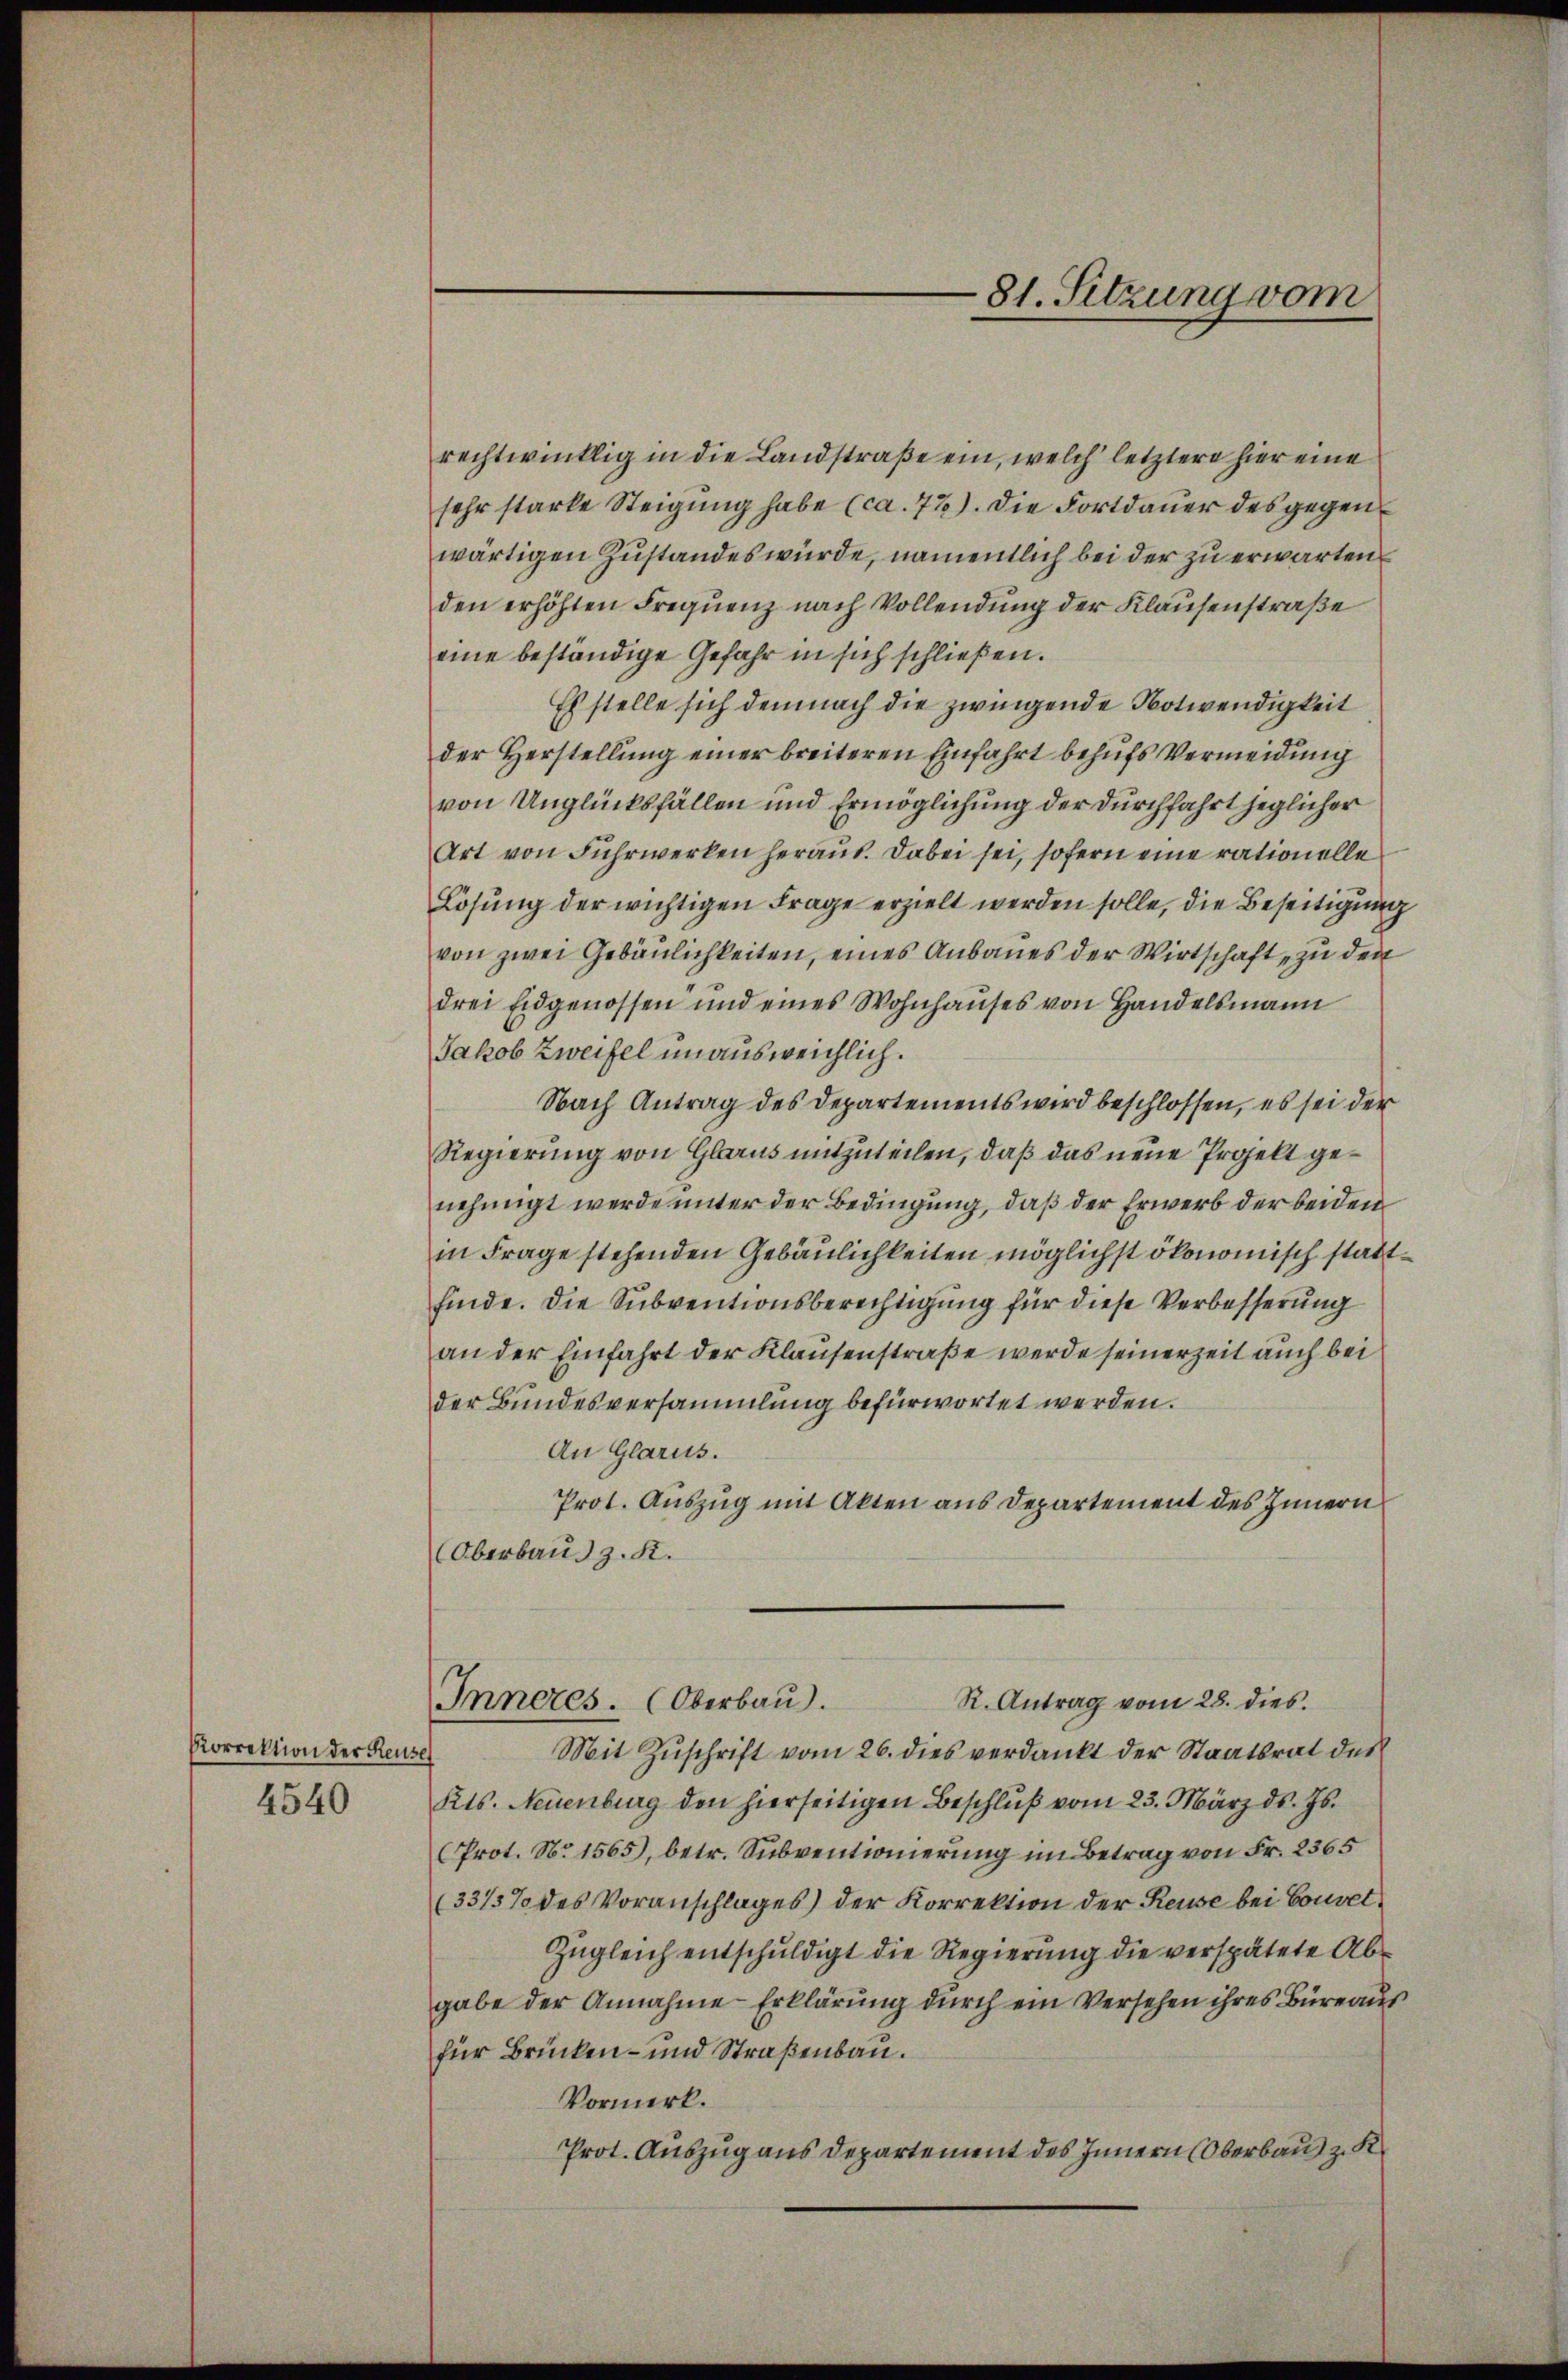
Korrektion der Reuse
4540

81. Sitzung vom

rechtwinklig in die Landstraße ein, welch’ letztere hier eine
sehr starke Steigung habe (ca. 77). Die Fortdauer des gegen
wärtigen Zustandes würde, namentlich bei der zu erwarten
den erhöhten Frequenz nach Vollendung der Klausenstraße
eine beständige Gefahr in sich schließen.
Es stelle sich demnach die zwingende Notwendigkeit
der Herstellung einer breiteren Einfahrt behufs Vermeidung
von Unglücksfällen und Ermöglichung der durchfahrt jeglicher
Art von Fuhrwerken heraus. Dabei sei, sofern eine rationelle
Lösung der wichtigen Frage erzielt werden solle, die Beseitigung
von zwei Gebäulichkeiten, eines Anbaues der Wirtschaft, zu den
drei Eidgenossen und eines Wohnhauses von Handelsmann
Jakob Zweifel unausweichlich.
Nach Antrag des Departements wird beschlossen, es sei der
Regierung von Glarus mitzuteilen, daß das neue Projekt genehmigt werde unter der Bedingung, daß der Erwerb der beiden
in Frage stehenden Gebäulichkeiten möglichst ökonomisch stattfinde. Die Subventionsberechtigung für diese Verbesserung
an der Einfahrt der Klausenstraße werde seinerzeit auch bei
der Bundesversammlung befürwortet werden.
An Glarus.
Prot. Auszug mit Akten aus Departement des Innern
Oberbaus z. K.
R. Antrag vom 28. dies
Inneres. (Oberbau).
Mit Zuschrift vom 26. dies verdankt der Staatsrat des
Kts. Neuenburg den hierseitigen Beschlŭβ vom 23. März ds. Js.
Prot. No 1565), betr. Subventionierung im Betrag von Fr. 2365
(3315% des Voranschlages) der Korrektion der Reuse bei Convet¬
Zugleich entschuldigt die Regierung die verspätete Abgabe der Annahme Erklärung durch ein Versehen ihres Büreauffür Brücken- und Straßenbau.
Vormerk.
Prot. Auszug aus Departement des Innern (Oberbau zu K